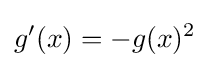
g^{\prime }(x)=-g(x)^{2}